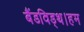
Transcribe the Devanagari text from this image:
बैंडविड्थ।हम